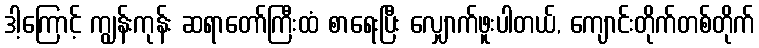
ဒါ့ကြောင့် ကျွန်းကုန်း ဆရာတော်ကြီးထံ စာရေးပြီး လျှောက်ဖူးပါတယ်, ကျောင်းတိုက်တစ်တိုက်